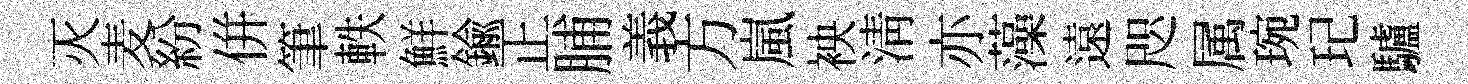
灭麦紛併筆軼鮮鍮正脯義方嵐䘧淸亦藻遠咫属琬玘驢